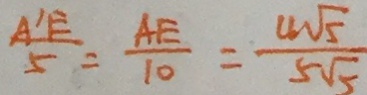
\frac { A ^ { \prime } E } { 5 } = \frac { A E } { 1 0 } = \frac { 4 \sqrt { 5 } } { 5 \sqrt { 5 } }